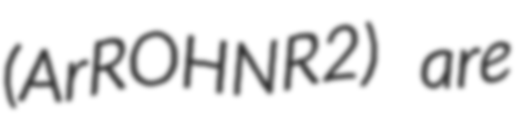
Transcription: (ArROHNR2) are